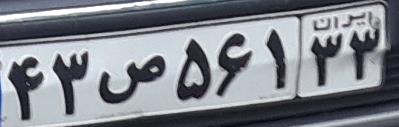
۴۳ص۵۶۱۳۳